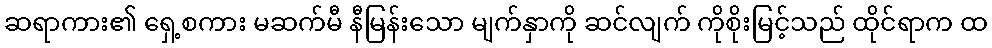
ဆရာကား၏ ရှေ့စကား မဆက်မီ နီမြန်းသော မျက်နှာကို ဆင်လျက် ကိုစိုးမြင့်သည် ထိုင်ရာက ထ